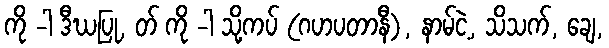
ကို -ါ ဒီဃပြု, တ် ကို -ါ သို့ကပ် (ဂဟပတာနီ), နာမ်ငဲ့, သိသက်, ချေ,